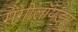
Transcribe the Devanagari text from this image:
मंगोलॉयड्स